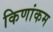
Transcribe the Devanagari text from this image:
किणांकम